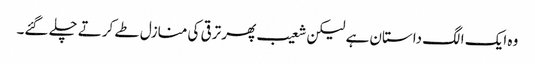
وہ ایک الگ داستان ہے لیکن شعیب پھر ترقی کی منازل طے کرتے چلے گئے۔